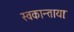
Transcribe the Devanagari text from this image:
स्वकान्तायाः